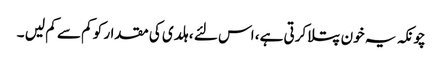
چونکہ یہ خون پتلا کرتی ہے، اس لئے ، ہلدی کی مقدار کو کم سے کم لیں ۔